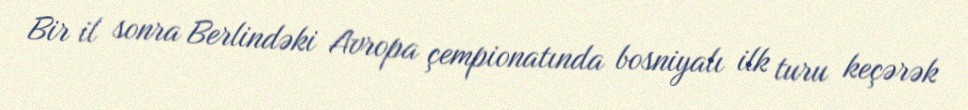
Bir il sonra Berlindəki Avropa çempionatında bosniyalı ilk turu keçərək